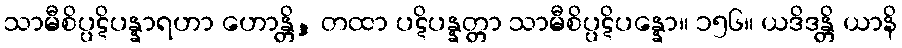
သာမီစိပ္ပဋိပန္နာရဟာ ဟောန္တိ, တထာ ပဋိပန္နတ္တာ သာမီစိပ္ပဋိပန္နော။ ၁၅၆။ ယဒိဒန္တိ ယာနိ